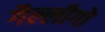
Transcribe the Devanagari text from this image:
गैल्लीगो